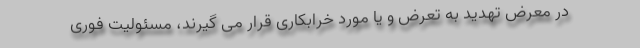
در معرض تهدید به تعرض و یا مورد خرابکاری قرار می گیرند، مسئولیت فوری